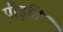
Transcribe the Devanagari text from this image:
पीड़ति